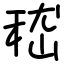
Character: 嵇